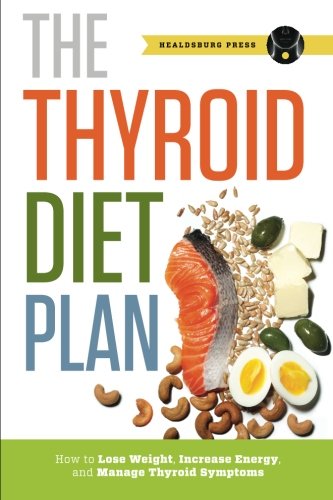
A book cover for Thyroid Diet Plan: How to Lose Weight, Increase Energy, and Manage Thyroid Symptoms; Healdsburg Press; Health, Fitness & Dieting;